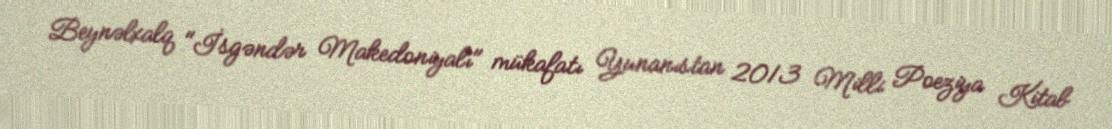
Beynəlxalq "İsgəndər Makedoniyalı" mükafatı Yunanıstan 2013 Milli Poeziya Kitab